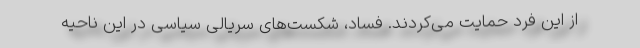
از این فرد حمایت می‌کردند. فساد، شکست‌های سریالی سیاسی در این ناحیه